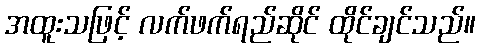
အထူးသဖြင့် လက်ဖက်ရည်ဆိုင် ထိုင်ချင်သည်။